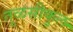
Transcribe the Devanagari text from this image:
तुळसीकुल